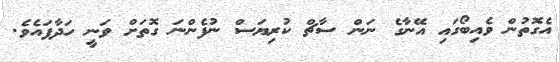
އެގޮތުން ވެއިބޯގައި އޭނާގެ ނަން ސާޗް ކުރިޔަސް ނުފެންނަ ގޮތަށް ވަނީ ހަދާފައެވެ.